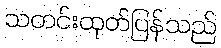
သတင်းထုတ်ပြန်သည်